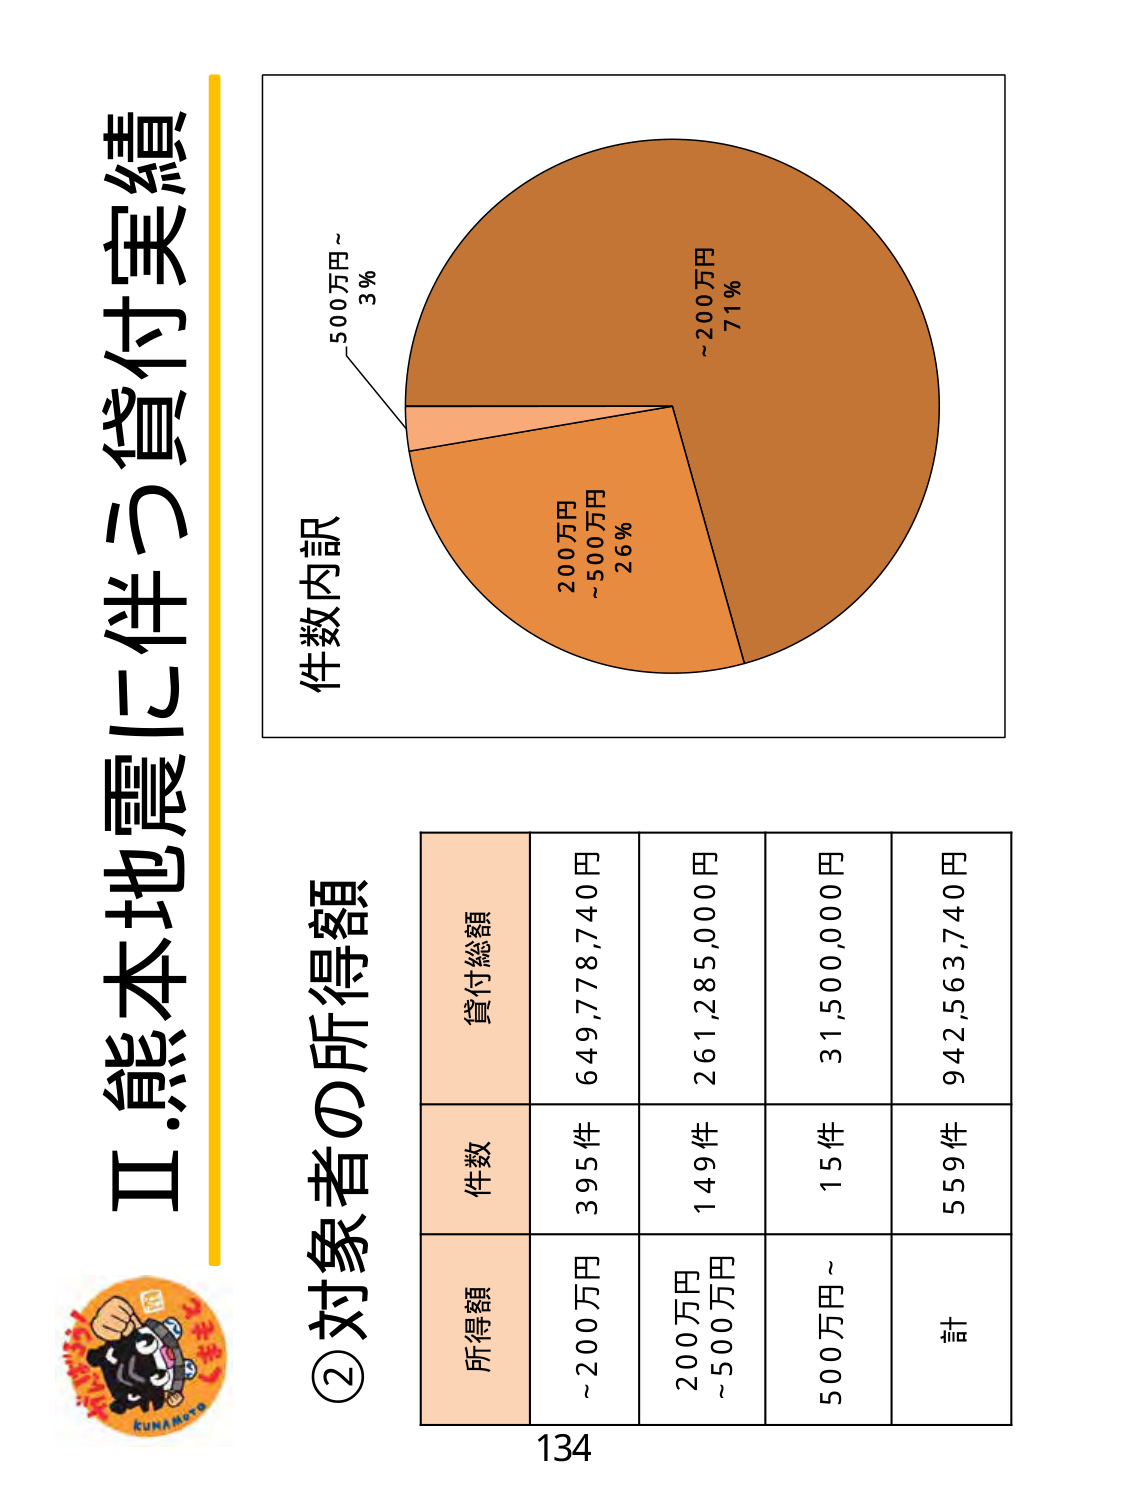
Ⅱ.熊本地震に伴う貸付実績

件数内訳
~200万円 71%
200万円 ~500万円 26%
500万円~ 3%

②対象者の所得額

所得額 件数 貸付総額
~200万円 395件 649,778,740円
200万円 ~500万円 149件 261,285,000円
500万円~ 15件 31,500,000円
計 559件 942,563,740円

134

KUNAMOTO